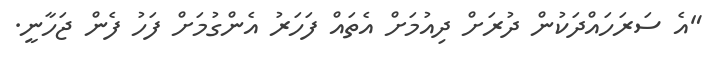
"އެ ސަރަހައްދަކުން ދުރަށް ދިއުމަށް އެތައް ފަހަރު އެންގުމަށް ފަހު ފެން ޖަހާނީ.